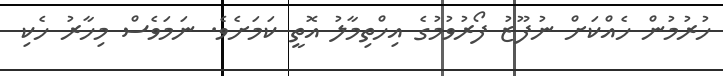
ހުރުމުން ހެއްކަށް ނުފޫޒު ފޯރުވުމުގެ އިހްތިމާލު އޮތީ ކަމަށެވެ. ނަމަވެސް މިހާރު ހެކި